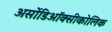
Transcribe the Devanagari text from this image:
अर्सोडिऑक्सीकोलिक